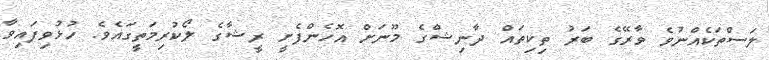
ލަސްތަކެއްނުވެ ވާރޭގެ ބަރު ތިކިތައް ދާނިޝްގެ މޫނަށް އޮހެންފެށީީ ރީޝާގެ ލޯކުރިމަތީގައެވެ. ހުޅުވިފައިވާ